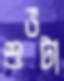
শুভটা